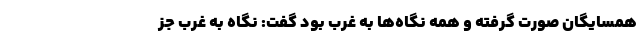
همسایگان صورت گرفته و همه نگاه‌ها به غرب بود گفت: نگاه به غرب جز